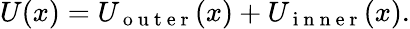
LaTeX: U(x)=U_{\mathrm{~o~u~t~e~r~}}(x)+U_{\mathrm{~i~n~n~e~r~}}(x).